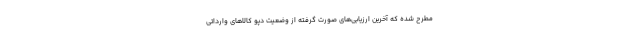
مطرح شده که آخرین ارزیابی‌های صورت گرفته از وضعیت دپو کالاهای وارداتی